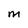
Character: m